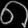
Digit: ၈